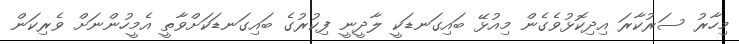
މިހާރު ސަރުކާރަ އިދިކޮޅުވެގެން މިއުޅޭ ބައިގަނޑަކީ ލާދީނީ ފިކުރުގެ ބައިގަނޑަކަށްވާތީ އެމީހުންނަށް ވެރިކަން